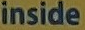
inside